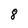
Character: 8